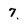
Character: 7